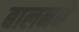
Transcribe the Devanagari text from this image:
बालनने